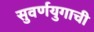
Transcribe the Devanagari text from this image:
सुवर्णयुगाची